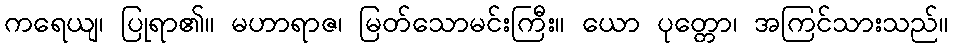
ကရေယျ၊ ပြုရာ၏။ မဟာရာဇ၊ မြတ်သောမင်းကြီး။ ယော ပုတ္တော၊ အကြင်သားသည်။